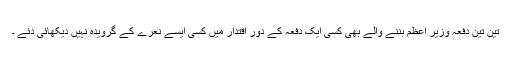
تین تین دفعہ وزیر اعظم بننے والے بھی کسی ایک دفعہ کے دور اقتدار میں کسی ایسے نعرے کے گرویدہ نہیں دیکھائی دئے ۔